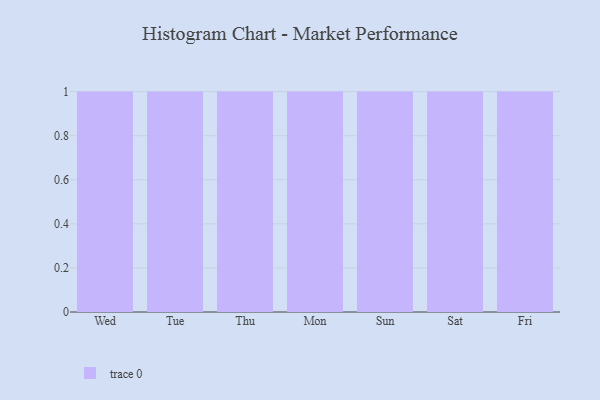
{"axis": {"x": "Day", "y": "Gross Profit (USD K)"}, "legend": [""], "data": [{"x": "Wed", "y": 69, "type": ""}, {"x": "Tue", "y": 96, "type": ""}, {"x": "Thu", "y": 8, "type": ""}, {"x": "Mon", "y": 89, "type": ""}, {"x": "Sun", "y": 85, "type": ""}, {"x": "Sat", "y": 95, "type": ""}, {"x": "Fri", "y": 11, "type": ""}]}